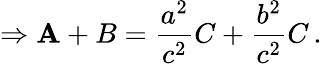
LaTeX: \Rightarrow\mathbf{A}+B={\frac{{a^{2}}}{{c^{2}}}}C+{\frac{{b^{2}}}{{c^{2}}}}C\, .